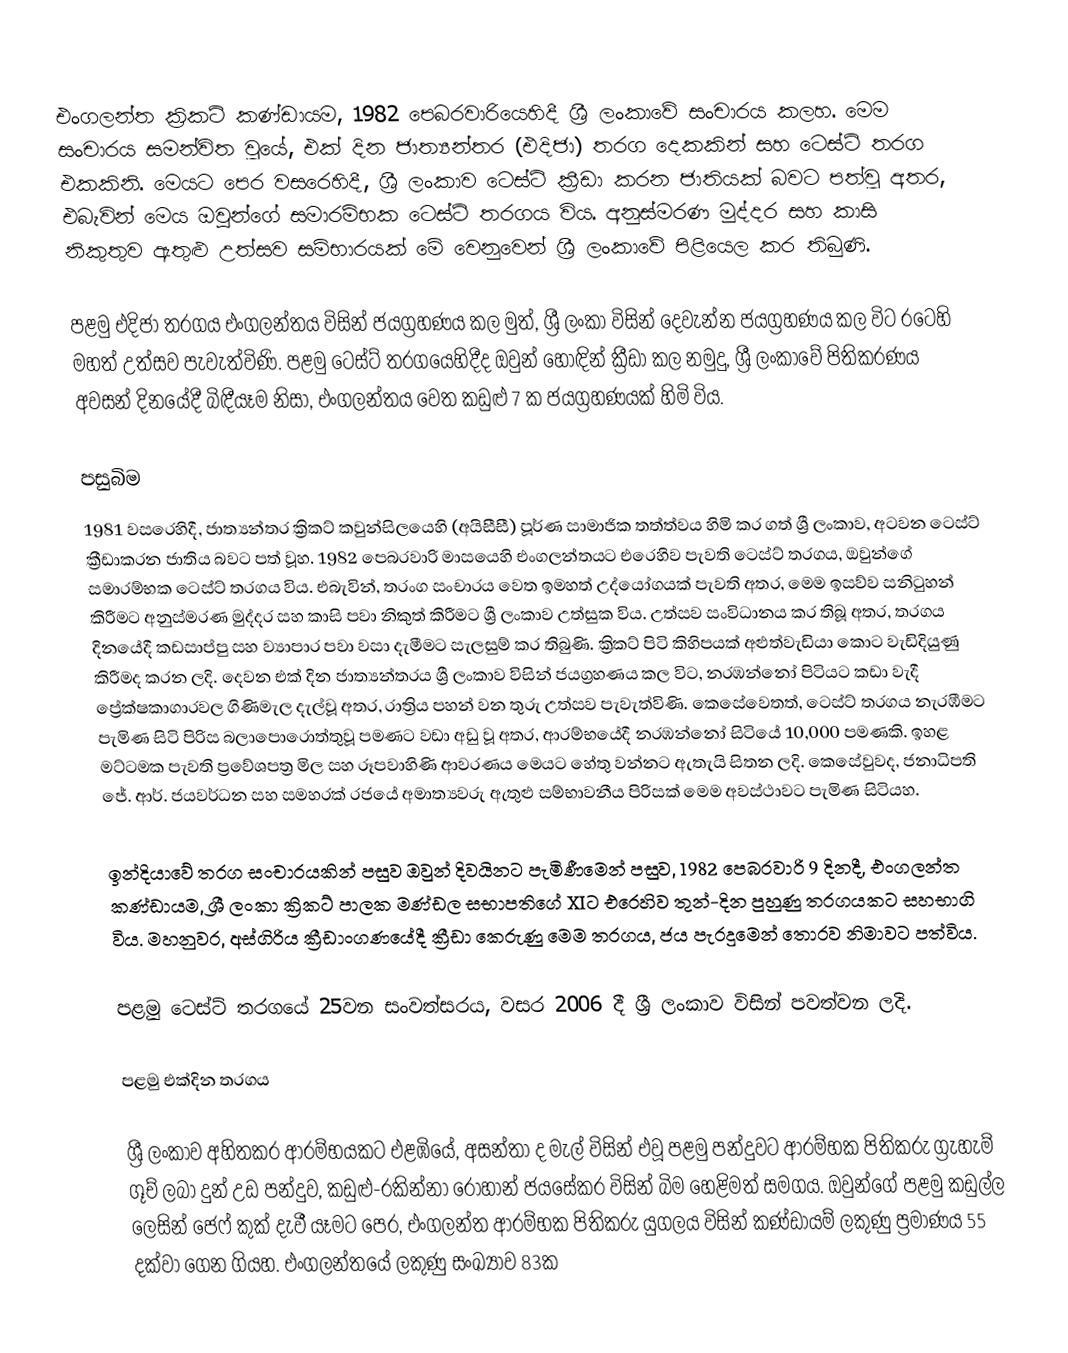
එංගලන්ත ක්‍රිකට් කණ්ඩායම, 1982 පෙබරවාරියෙහිදී  ශ්‍රී ලංකාවේ සංචාරය කලහ. මෙම සංචාරය සමන්විත වූයේ, එක් දින ජාත්‍යන්තර (එදිජා) තරග දෙකකින් සහ  ටෙස්ට් තරග එකකිනි. මෙයට පෙර වසරෙහිදී, ශ්‍රී ලංකාව ටෙස්ට් ක්‍රීඩා කරන ජාතියක් බවට පත්වූ අතර, එබැවින් මෙය ඔවුන්ගේ සමාරම්භක ටෙස්ට් තරගය විය. අනුස්මරණ මුද්දර සහ කාසි නිකුතුව ඇතුළු උත්සව සම්භාරයක් මේ වෙනුවෙන් ශ්‍රී ලංකාවේ පිළියෙල කර තිබුණි.

පළමු එදිජා තරගය එංගලන්තය විසින් ජයග්‍රහණය කල  මුත්, ශ්‍රී ලංකා විසින් දෙවැන්න ජයග්‍රහණය කල විට රටෙහි මහත් උත්සව පැවැත්විණි. පළමු ටෙස්ට් තරගයෙහිදීද ඔවුන් හොඳින් ක්‍රීඩා කල නමුදු, ශ්‍රී ලංකාවේ පිතිකරණය අවසන් දිනයේදී බිඳීයෑම නිසා, එංගලන්තය වෙත කඩුළු 7 ක ජයග්‍රහණයක් හිමි විය.

පසුබිම
1981 වසරෙහිදී, ජාත්‍යන්තර ක්‍රිකට් කවුන්සිලයෙහි (අයිසීසී) පූර්ණ සාමාජික තත්ත්වය හිමි කර ගත් ශ්‍රී ලංකාව, අටවන ටෙස්ට් ක්‍රීඩාකරන ජාතිය බවට පත් වූහ. 1982 පෙබරවාරි මාසයෙහි එංගලන්තයට එරෙහිව පැවති ටෙස්ට් තරගය, ඔවුන්ගේ සමාරම්භක ටෙස්ට් තරගය විය. එබැවින්, තරංග සංචාරය වෙත ඉමහත් උද්යෝගයක් පැවති අතර, මෙම ඉසව්ව සනිටුහන් කිරීමට අනුස්මරණ මුද්දර සහ කාසි පවා නිකුත් කිරීමට ශ්‍රී ලංකාව උත්සුක විය. උත්සව සංවිධානය කර තිබූ අතර, තරගය දිනයේදී කඩසාප්පු සහ ව්‍යාපාර පවා වසා දැමීමට සැලසුම් කර තිබුණි. ක්‍රිකට් පිටි කිහිපයක් අළුත්වැඩියා කොට වැඩිදියුණු කිරීමද කරන ලදි. දෙවන එක් දින ජාත්‍යන්තරය ශ්‍රී ලංකාව විසින් ජයග්‍රහණය කල විට, නරඹන්නෝ පිටියට කඩා වැදී ප්‍රේක්ෂකාගාරවල ගිණිමැල දැල්වූ අතර, රාත්‍රිය පහන් වන තුරු උත්සව පැවැත්විණි. කෙසේවෙතත්, ටෙස්ට් තරගය නැරඹීමට පැමිණ සිටි පිරිස බලාපොරොත්තුවූ පමණට වඩා අඩු වූ අතර, ආරම්භයේදී නරඹන්නෝ සිටියේ 10,000 පමණකි. ඉහළ මට්ටමක පැවති ප්‍රවේශපත්‍ර මිල සහ රූපවාහිණි ආවරණය මෙයට හේතු වන්නට ඇතැයි සිතන ලදි. කෙසේවුවද, ජනාධිපති ජේ. ආර්. ජයවර්ධන සහ සමහරක් රජයේ අමාත්‍යවරු ඇතුළු සම්භාවනීය පිරිසක් මෙම අවස්ථාවට පැමිණ සිටියහ.

ඉන්දියාවේ තරග සංචාරයකින් පසුව ඔවුන් දිවයිනට පැමිණීමෙන් පසුව, 1982 පෙබරවාරි 9 දිනදී, එංගලන්ත කණ්ඩායම,  ශ්‍රී ලංකා ක්‍රිකට් පාලක මණ්ඩල සභාපතිගේ XIට එරෙහිව තුන්-දින පුහුණු තරගයකට සහභාගි විය. මහනුවර, අස්ගිරිය ක්‍රීඩාංගණයේදී ක්‍රීඩා කෙරුණු මෙම තරගය, ජය පැරදුමෙන් තොරව නිමාවට පත්විය.

පළමු ටෙස්ට් තරගයේ 25වන සංවත්සරය, වසර 2006 දී ශ්‍රී ලංකාව විසින් පවත්වන ලදි.

පළමු එක්දින තරගය

ශ්‍රී ලංකාව අහිතකර ආරම්භයකට එළඹියේ, අසන්තා ද මැල් විසින් එවූ පළමු පන්දුවට ආරම්භක පිතිකරු ග්‍රැහැම් ගූච් ලබා දුන් උඩ පන්දුව,  කඩුළු-රකින්නා රොහාන් ජයසේකර විසින් බිම හෙළිමත් සමගය. ඔවුන්ගේ පළමු කඩුල්ල ලෙසින් ජෙෆ් කුක් දැවී යෑමට පෙර, එංගලන්ත ආරම්භක පිතිකරු යුගලය විසින් කණ්ඩායම් ලකුණු ප්‍රමාණය 55 දක්වා ගෙන ගියහ. එංගලන්තයේ ලකුණු සංඛ්‍යාව 83ක